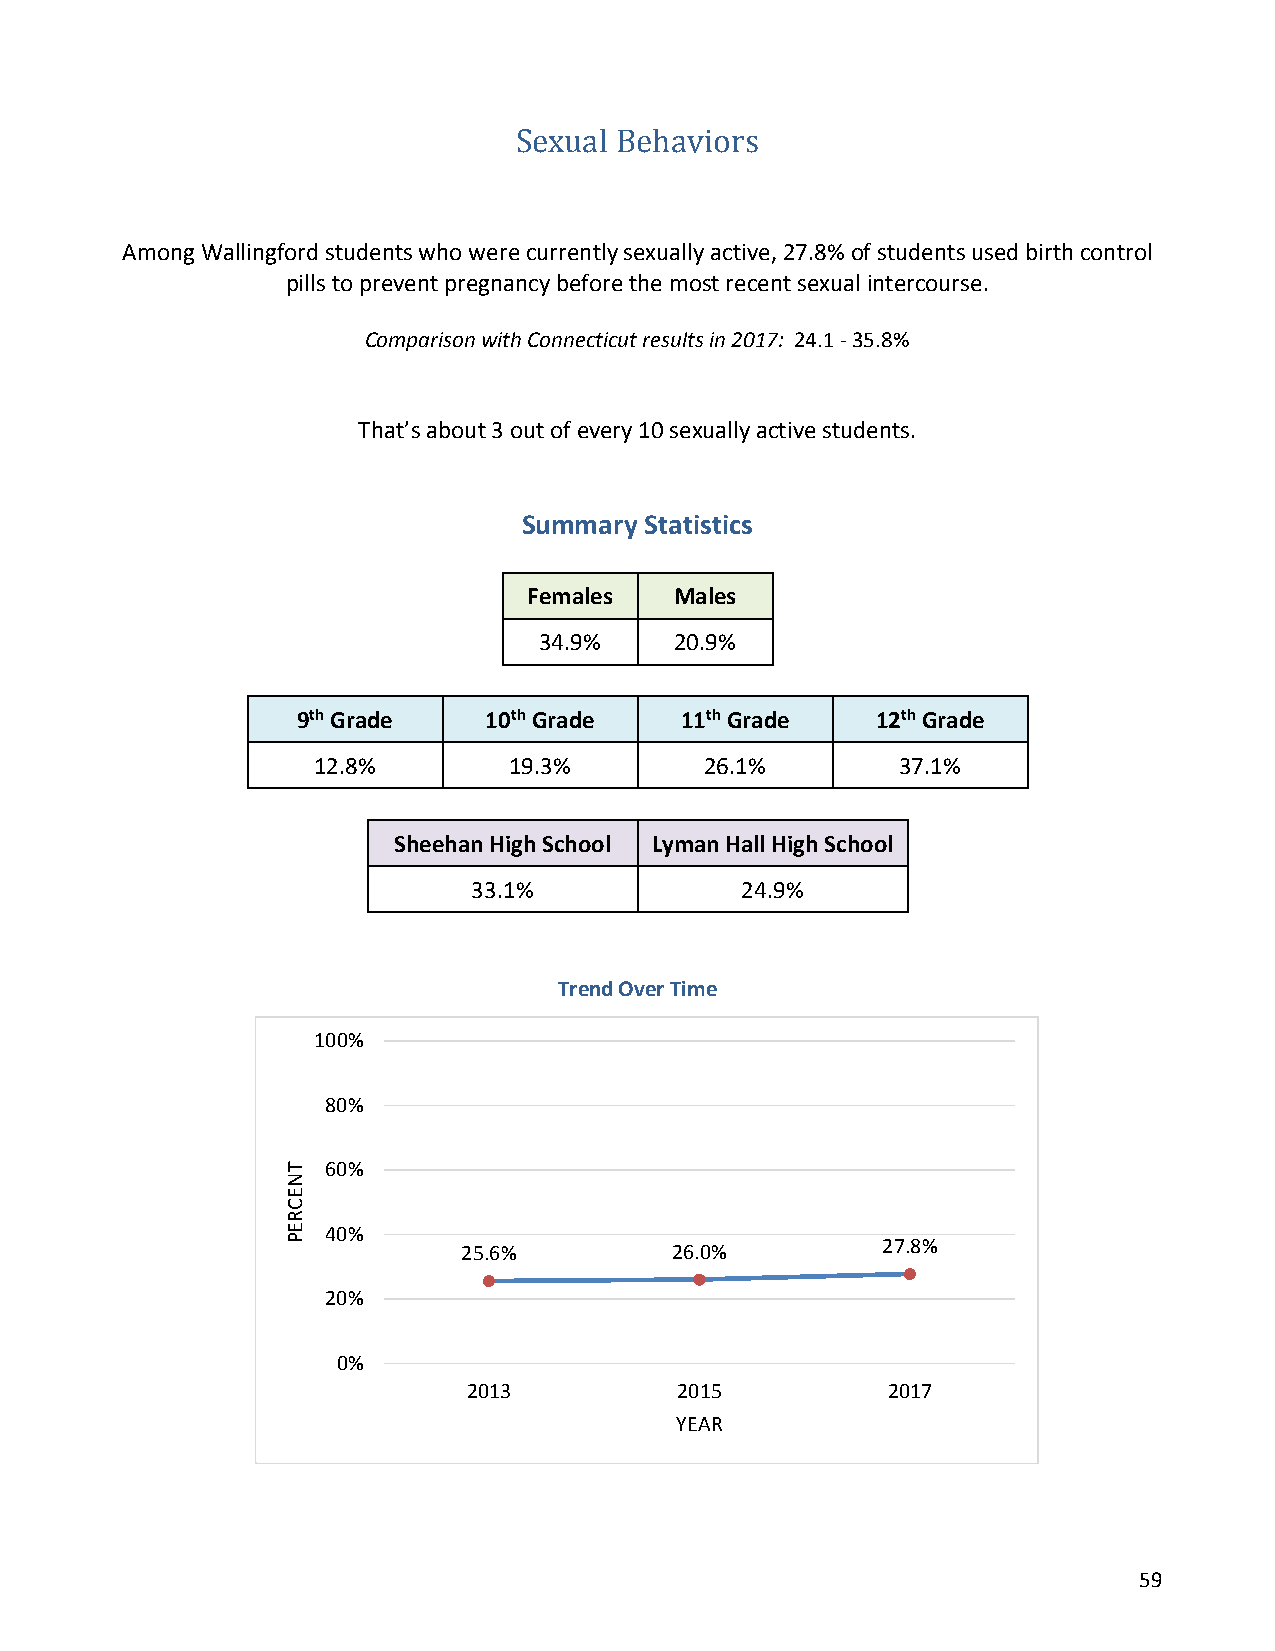
Sexual Behaviors
 Among Wallingford students who were currently sexually active, 27.8% of students used birth control
 pills to prevent pregnancy before the most recent sexual intercourse.
 Comparison with Connecticut results in 2017: 24.1 - 35.8%
 That’s about 3 out of every 10 sexually active students.
 Summary Statistics
 Females   Males
 34.9%    20.9%
 9th Grade   10th Grade   11th Grade   12th Grade
 12.8%        19.3%        26.1%        37.1%
 Sheehan High School Lyman Hall High School
 33.1%             24.9%
 Trend Over Time
 100%
 80%
 60%
 40%
 25.6%        26.0%         27.8%
 20%
 0%
 2013          2015          2017
 YEAR
 59
 TNECREP